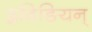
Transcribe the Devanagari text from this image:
द्रविङियन्